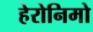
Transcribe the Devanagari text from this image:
हेरोनिमो